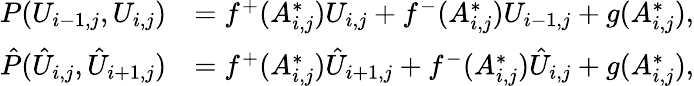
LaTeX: \begin{array}{rl}{P(U_{i-1,j},U_{i,j})}&{=f^{+}(A_{i,j}^{*})U_{i,j}+f^{-}(A_{i,j}^{*})U_{i-1,j}+g(A_{i,j}^{*}),}\\ {\hat{P}(\hat{U}_{i,j},\hat{U}_{i+1,j})}&{=f^{+}(A_{i,j}^{*})\hat{U}_{i+1,j}+f^{-}(A_{i,j}^{*})\hat{U}_{i,j}+g(A_{i,j}^{*}),}\end{array}